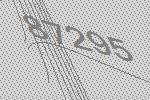
87295